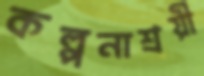
কল্পনাশ্রয়ী